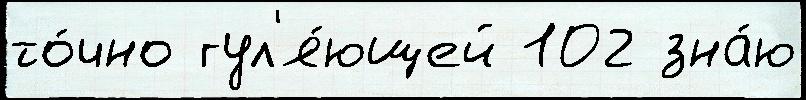
то́чно гул'я́ющей 102 зна́ю